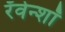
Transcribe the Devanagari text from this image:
रॅवेन्शॉ